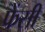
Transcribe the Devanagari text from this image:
फेंसी